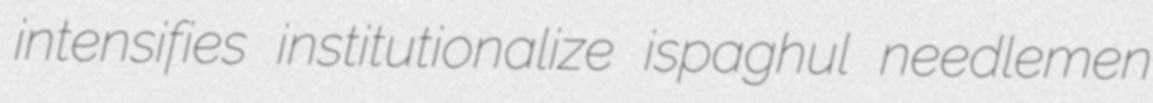
intensifies institutionalize ispaghul needlemen